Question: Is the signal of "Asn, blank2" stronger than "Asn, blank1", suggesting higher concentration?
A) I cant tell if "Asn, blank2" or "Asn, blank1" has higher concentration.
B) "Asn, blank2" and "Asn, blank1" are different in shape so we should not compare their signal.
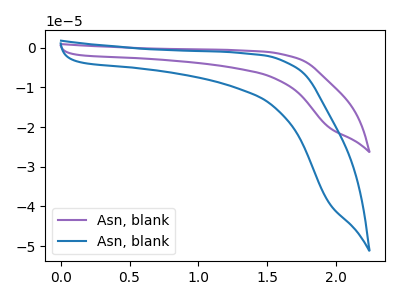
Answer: <think>The purple curve "Asn, blank1" has no peaks. The blue curve "Asn, blank2" has no peaks.
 Neither "Asn, blank2" or "Asn, blank1" have any peaks.</think>
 <answer>A) I cant tell if "Asn, blank2" or "Asn, blank1" has higher concentration.</answer>
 <eval>A</eval>